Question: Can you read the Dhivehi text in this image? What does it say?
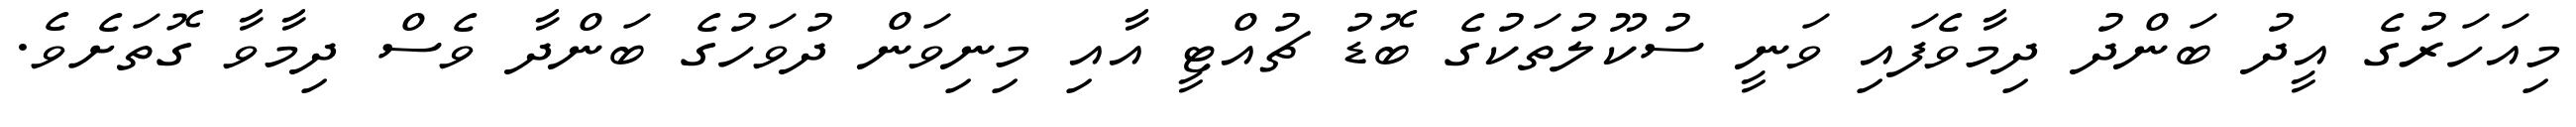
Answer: މިއަހަރުގެ އީދު ބަންދު ދިމާވެފައި ވަނީ ސުކޫލުތަކުގެ ބޮޑު ޗުއްޓީ އާއި މިނިވަން ދުވަހުގެ ބަންދާ ވެސް ދިމާވާ ގޮތަށެވެ.